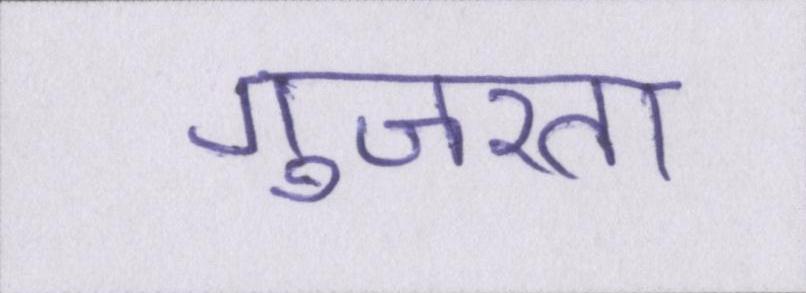
गुजरता